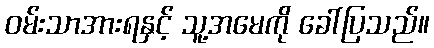
ဝမ်းသာအားရနှင့် သူ့အမေကို ခေါ်ပြသည်။